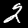
Label: 2